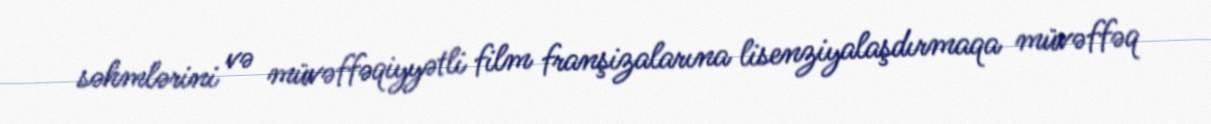
səhmlərini və müvəffəqiyyətli film franşizalarına lisenziyalaşdırmaqa müvəffəq